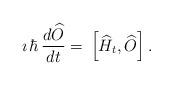
LaTeX: \begin{align*}\imath\, \hbar\,\frac{d \widehat{O}}{d t}=\,\left[\widehat{H}_t,\widehat{O}\right].\end{align*}